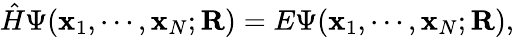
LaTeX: \hat{H}\Psi(\mathbf{x}_{1},\cdots,\mathbf{x}_{N};\mathbf{R})=E\Psi(\mathbf{x}_{1},\cdots,\mathbf{x}_{N};\mathbf{R}),